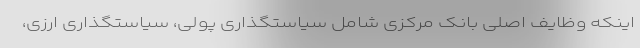
اینکه وظایف اصلی بانک مرکزی شامل سیاستگذاری پولی، سیاستگذاری ارزی،